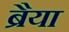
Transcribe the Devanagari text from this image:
ब्रैया